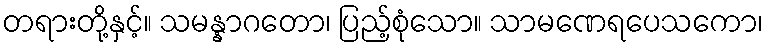
တရားတို့နှင့်။ သမန္နာဂတော၊ ပြည့်စုံသော။ သာမဏေရပေသကော၊